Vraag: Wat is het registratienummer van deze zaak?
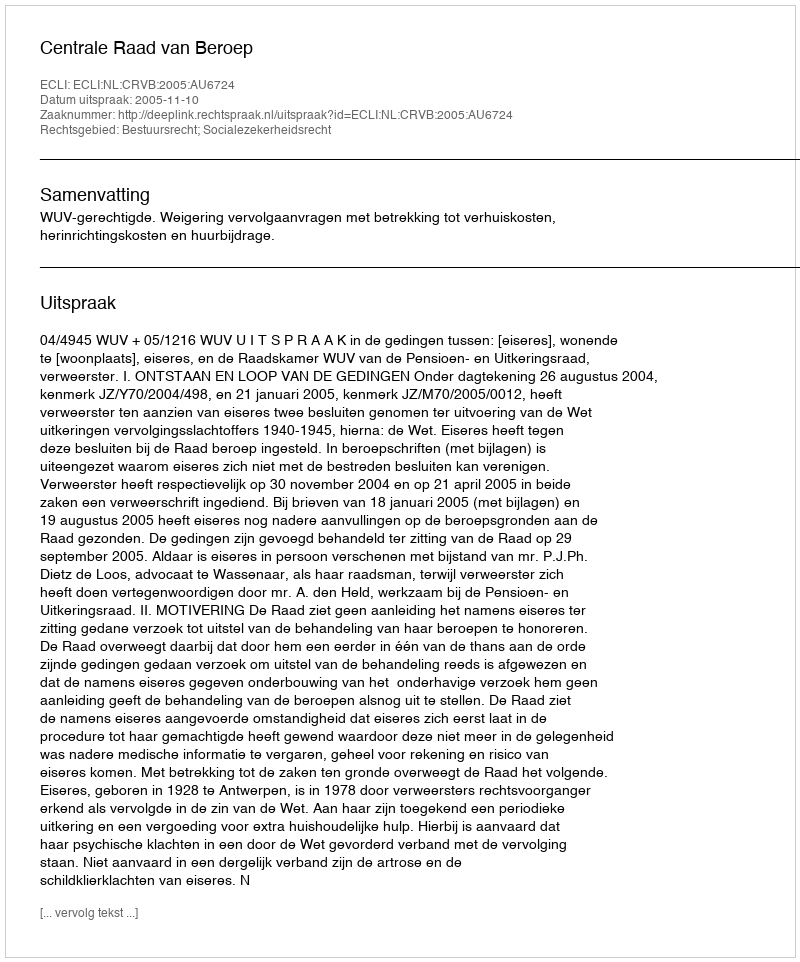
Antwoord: http://deeplink.rechtspraak.nl/uitspraak?id=ECLI:NL:CRVB:2005:AU6724